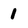
Character: 1